Annual administration report of the Civil Veterinary Department, Sind - 1945-1946
Year: 1945
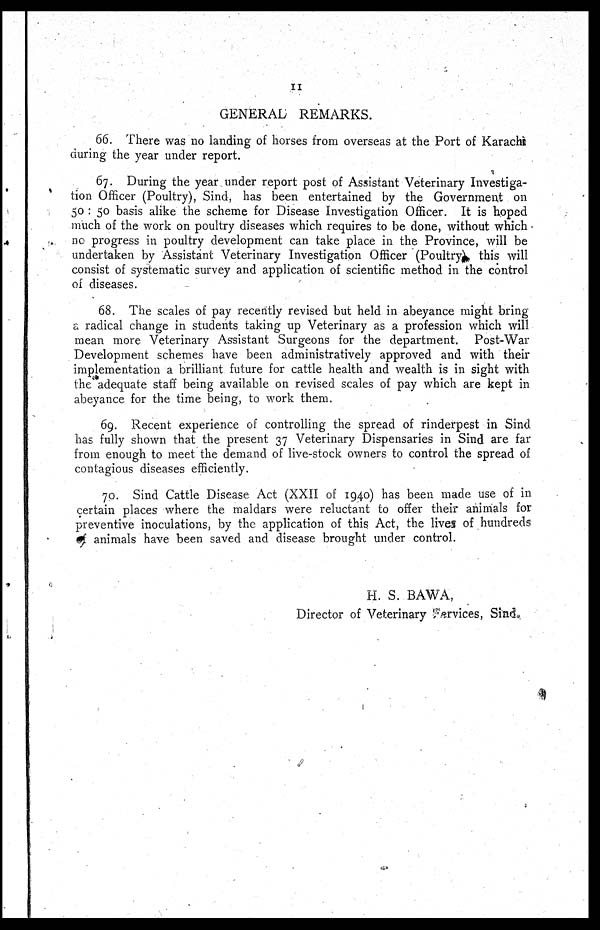
II
GENERAL REMARKS.
66. There was no landing of horses from overseas at the Port of Karachi
during the year under report.
67. During the year under report post of Assistant Veterinary Investiga-
tion Officer (Poultry), Sind, has been entertained by the Government on
50 : 50 basis alike the scheme for Disease Investigation Officer. It is hoped
much of the work on poultry diseases which requires to be done, without which
no progress in poultry development can take place in the Province, will be
undertaken by Assistant Veterinary Investigation Officer (Poultry) this will
consist of systematic survey and application of scientific method in the control
of diseases.
68. The scales of pay recently revised but held in abeyance might bring
a radical change in students taking up Veterinary as a profession which will
mean more Veterinary Assistant Surgeons for the department.
Post-War
Development schemes have been administratively approved and with their
implementation a brilliant future for cattle health and wealth is in sight with
the adequate staff being available on revised scales of pay which are kept in
abeyance for the time being, to work them.
69. Recent experience of controlling the spread of rinderpest in Sind
has fully shown that the present 37 Veterinary Dispensaries in Sind are far
from enough to meet the demand of live-stock owners to control the spread of
contagious diseases efficiently.
70. Sind Cattle Disease Act (XXII of 1940) has been made use of in
certain places where the maldars were reluctant to offer their animals for
preventive inoculations, by the application of this Act, the lives of hundreds
of animals have been saved and disease brought under control.
H. S. BAWA,
Director of Veterinary services, Sind